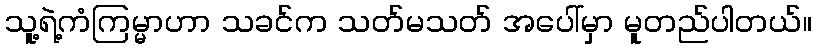
သူ့ရဲ့ကံကြမ္မာဟာ သခင်က သတ်မသတ် အပေါ်မှာ မူတည်ပါတယ်။